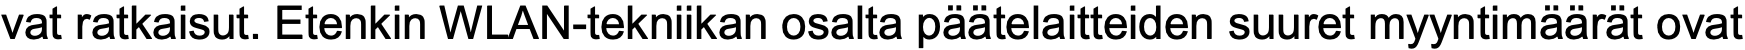
vat ratkaisut. Etenkin WLAN-tekniikan osalta päätelaitteiden suuret myyntimäärät ovat